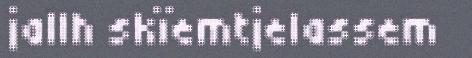
jallh skïemtjelassem